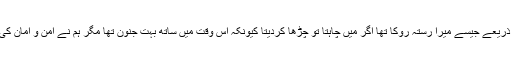
ایک اور سوال کے جواب میں انہوں نے کہاکہ حکومت نے مختلف ہتھکنڈوں کے ذریعے جیسے میرا رستہ روکا تھا اگر میں چاہتا تو چڑھا کردیتا کیونکہ اس وقت میں ساتھ بہت جنون تھا مگر ہم نے امن و امان کی صورتحال کو برقرار رکھنے کو ترجیح دی اور ایسا نہیں کیا ، اپنا رستہ بدل لیا ۔